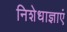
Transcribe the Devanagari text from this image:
निशेधाज्ञाएं